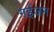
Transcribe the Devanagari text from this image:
गईजन